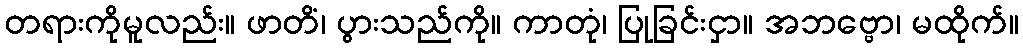
တရားကိုမူလည်း။ ဖာတိံ၊ ပွားသည်ကို။ ကာတုံ၊ ပြုခြင်းငှာ။ အဘဗ္ဗော၊ မထိုက်။